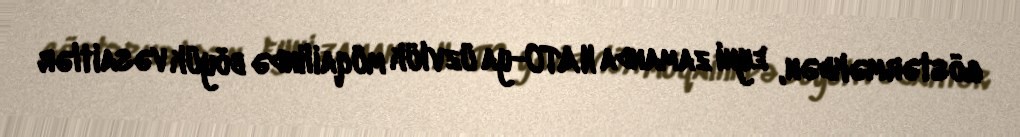
göstərməkdən, eyni zamanda NATO-ya üzvlük müqailində böyük vəsaitlər